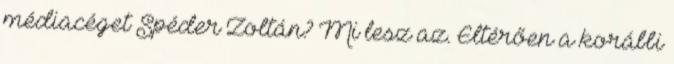
médiacéget Spéder Zoltán? Mi lesz az. Eltérően a korábbi